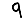
Digit: 9